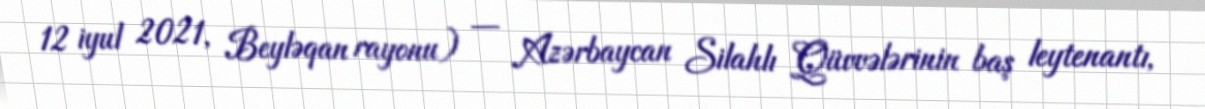
12 iyul 2021, Beyləqan rayonu) — Azərbaycan Silahlı Qüvvələrinin baş leytenantı,